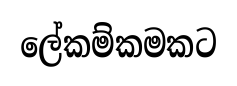
ලේකම්කමකට